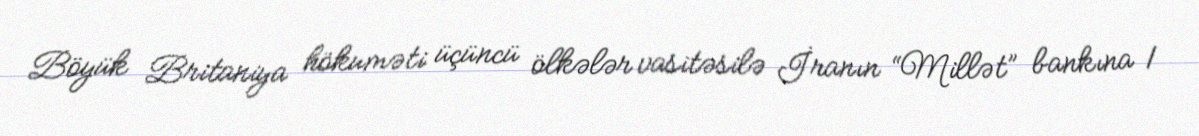
Böyük Britaniya hökuməti üçüncü ölkələr vasitəsilə İranın “Millət” bankına 1